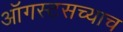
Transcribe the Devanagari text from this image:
ऑगस्टसच्याच